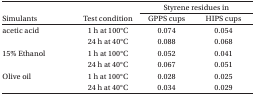
<table><thead><tr><td></td><td></td><td colspan="2"><b>Styrene residues in</b></td></tr><tr><td><b>Simulants</b></td><td><b>Test condition</b></td><td><b>GPPS cups</b></td><td><b>HIPS cup</b></td></tr></thead><tbody><tr><td>acetic acid</td><td>1 h at 100°C</td><td>0.074</td><td>0.054</td></tr><tr><td></td><td>24 h at 40°C</td><td>0.088</td><td>0.068</td></tr><tr><td>15% Ethanol</td><td>1 h at 100°C</td><td>0.052</td><td>0.041</td></tr><tr><td></td><td>24 h at 40°C</td><td>0.067</td><td>0.051</td></tr><tr><td>Olive oil</td><td>1 h at 100°C</td><td>0.028</td><td>0.025</td></tr><tr><td></td><td>24 h at 40°C</td><td>0.034</td><td>0.029</td></tr></tbody></table>